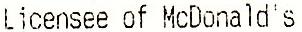
LICENSEE OF MCDONALD'S